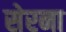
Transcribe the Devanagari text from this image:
सेरना